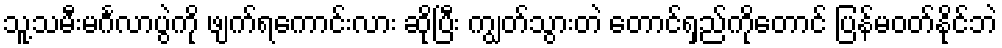
သူ့သမီးမင်္ဂလာပွဲကို ဖျက်ရကောင်းလား ဆိုပြီး ကျွတ်သွားတဲ တောင်ရှည်ကိုတောင် ပြန်မဝတ်နိုင်ဘဲ